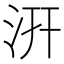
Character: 汧